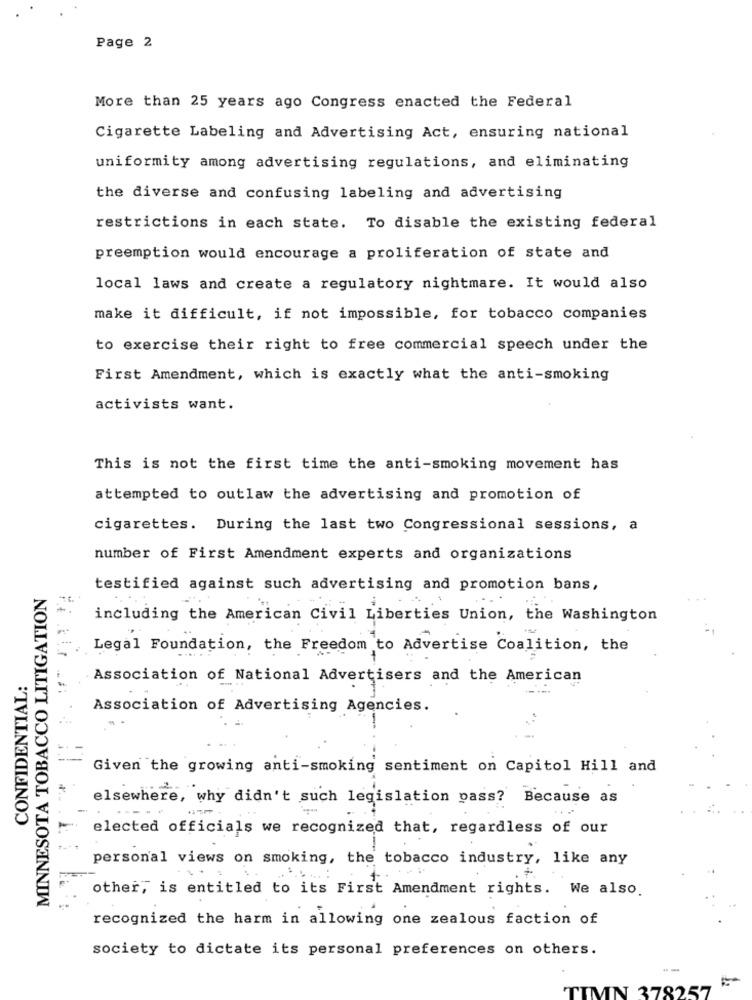
Page 2
More than 25 years ago Congress enacted the Federal
Cigarette Labeling and Advertising Act, ensuring national
uniformity among advertising regulations, and eliminating
the diverse and confusing labeling and advertising
restrictions in each state. To disable the existing federal
preemption would encourage a proliferation of state and
local laws and create a regulatory nightmare. It would also
make it difficult, if not impossible, for tobacco companies
to exercise their right to free commercial speech under the
First Amendment, which is exactly what the anti-smoking
activists want.
This is not the first time the anti-smoking movement has
attempted to outlaw the advertising and promotion of
cigarettes. During the last two Congressional sessions, a
number of First Amendment experts and organizations
MINNESOTA TOBACCO LITIGATION
testified against such advertising and promotion bans,
including the American Civil Liberties Union, the Washington
Legal Foundation, the Freedom to Advertise Coalition, the
CONFIDENTIAL:
Association of National Advertisers and the American
Association of Advertising Agencies.
Given the growing anti-smoking sentiment on Capitol Hill and
elsewhere, why didn't such legislation pass? Because as
elected officials we recognized that, regardless of our
personal views on smoking, the tobacco industry, like any
other, is entitled to its First Amendment rights. We also.
recognized the harm in allowing one zealous faction of
society to dictate its personal preferences on others.
TIMN 378257